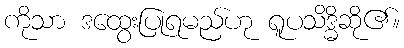
ကိုသာ ဒထွေးပြုရမည်ဟု ရူပသိဒ္ဓိဆို၏။